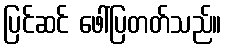
ပြင်ဆင် ဖေါ်ပြတတ်သည်။